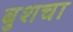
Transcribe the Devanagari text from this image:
बुशचा